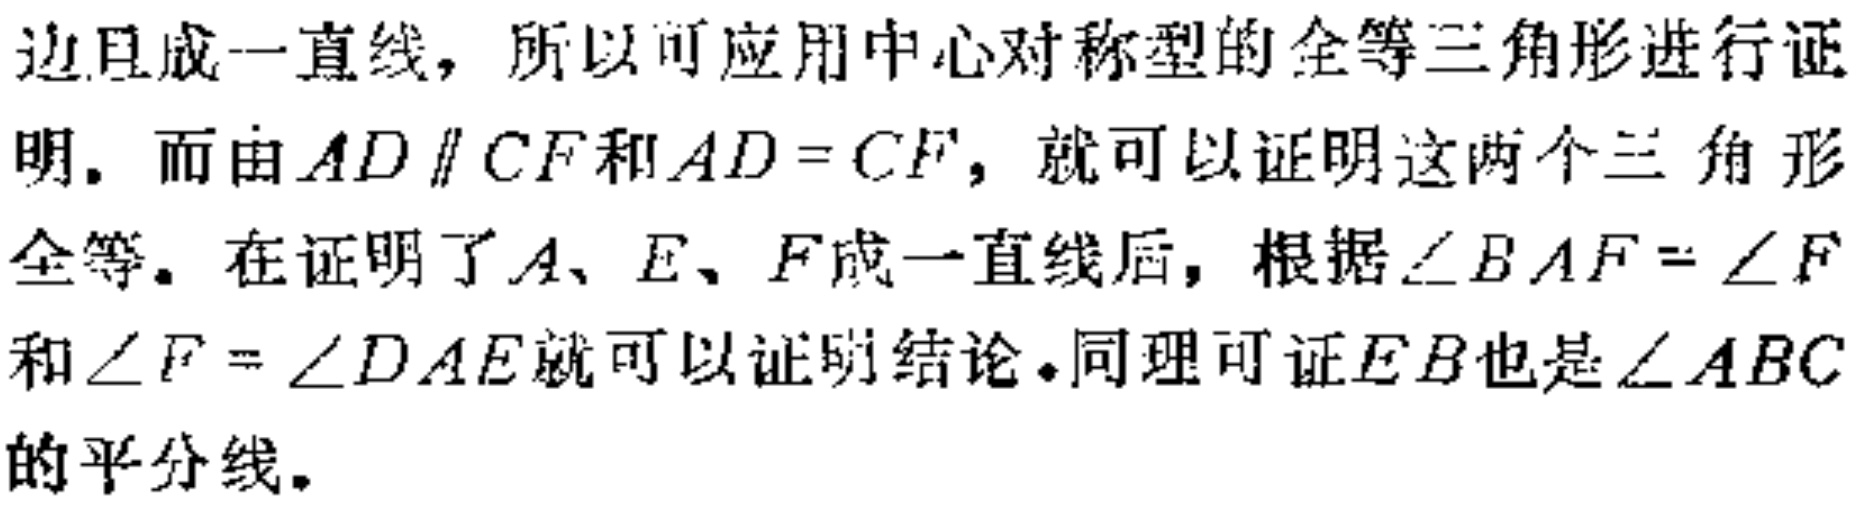
边且成一直线，所以可应用中心对称型的全等三角形进行证明. 而由 \(AD\parallel CF\) 和 \(AD = CF\)，就可以证明这两个三角形全等. 在证明了 \(A\)、\(E\)、\(F\)成一直线后，根据 \(\angle BAF=\angle F\) 和 \(\angle F=\angle DAE\)就可以证明结论.同理可证 \(EB\)也是 \(\angle ABC\) 的平分线.